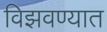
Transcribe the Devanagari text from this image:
विझवण्यात